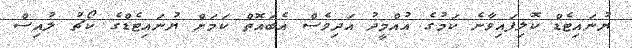
ޔުނައިޓެޑް ކޮލިފައިވާނެ ކަމުގެ އުއްމީދު އަދިވެސް އެބައޮތް ކަމަށް ޔުނައިޓެޑްގެ ކޯޗު ލުއިސް